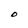
Character: O